Civil Veterinary Dept. Assam report 1911-1927 - 1911-1927
Year: 1911
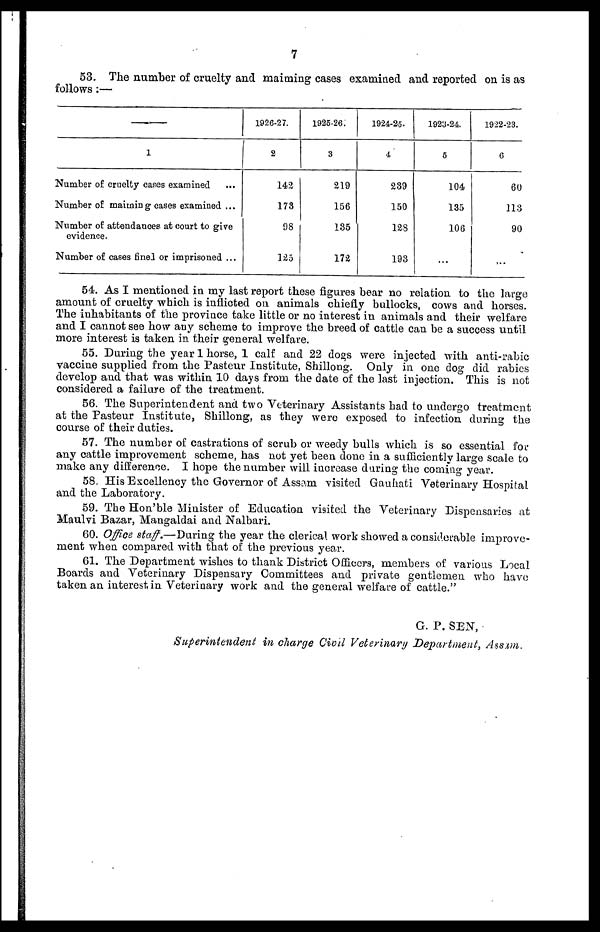
7
53. The number of cruelty and maiming cases examined and reported on is as
follows:—
—
1
Number of cruelty cases examined ...
Number of maiming cases examined ...
Number of attendances at court to give
evidence.
Number of cases finel or imprisoned ...
1926-27.
2
142
173
98
125
1925-26.
3
219
156
135
172
1924-25.
4
239
150
123
193
1923-24.
5
104
135
106
...
1922-23.
6
60
113
90
...
54. As I mentioned in my last report these figures bear no relation to the large
amount of cruelty which is inflicted on animals chiefly bullocks, cows and horses.
The inhabitants of the province take little or no interest in animals and their welfare
and I cannot see how any scheme to improve the breed of cattle can be a success until
more interest is taken in their general welfare.
55. During the year 1 horse, 1 calf and 22 dogs were injected with anti-rabic
vaccine supplied from the Pasteur Institute, Shillong. Only in one dog did rabies
develop and that was within 10 days from the date of the last injection. This is not
considered a failure of the treatment.
56. The Superintendent and two Veterinary Assistants had to undergo treatment
at the Pasteur Institute, Shillong, as they were exposed to infection during the
course of their duties.
57. The number of castrations of scrub or weedy bulls which is so essential for
any cattle improvement scheme, has not yet been done in a sufficiently large scale to
make any difference. I hope the number will increase during the coming year.
58. His Excellency the Governor of Assam visited Gauhati Veterinary Hospital
and the Laboratory.
59. The Hon'ble Minister of Education visited the Veterinary Dispensaries at
Maulvi Bazar, Mangaldai and Nalbari.
60. Office staff.—During the year the clerical work showed a considerable improve-
ment when compared with that of the previous year.
61. The Department wishes to thank District Officers, members of various Local
Boards and Veterinary Dispensary Committees and private gentlemen who have
taken an interest in Veterinary work and the general welfare of cattle."
G. P. SEN,
Superintendent in charge Civil Veterinary Department, Assam.